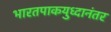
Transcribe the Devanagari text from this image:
भारतपाकयुध्दानंतर